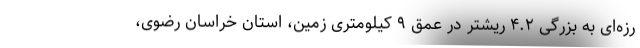
رزه‌‌ای به بزرگی ۴.۲ ریشتر در عمق ۹ کیلومتری زمین، استان خراسان رضوی،